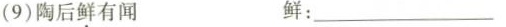
(9)陶后鲜有闻 鲜：___